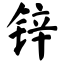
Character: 锌